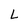
Character: L